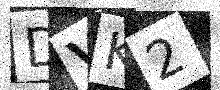
Text: DVK2